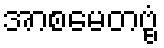
အာစမေတဗ္ဗံ